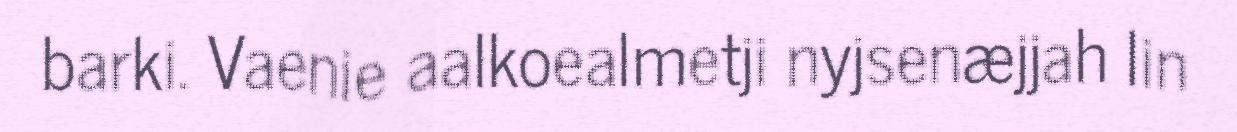
barki. Vaenie aalkoealmetji nyjsenæjjah lin